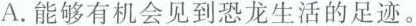
A.能够有机会见到恐龙生活的足迹。